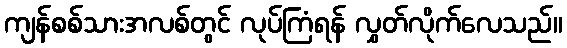
ကျန်စစ်သားအလစ်တွင် လုပ်ကြံရန် လွှတ်လိုက်လေသည်။